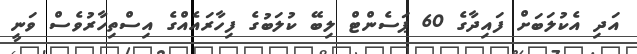
އަދި އެކުލަބަށް ފައިދާގެ 60 ޕަސެންޓް ލިބޭ ކުލަބުގެ ފިހާރައެއްގެ އިސްތިހާރުވެސް ވަނީ